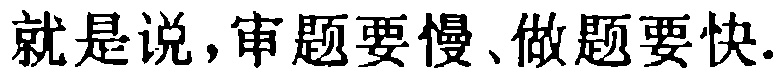
就是说，审题要慢、做题要快.